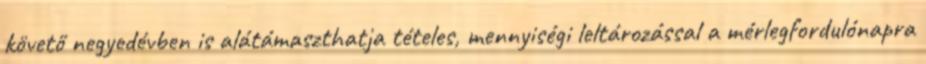
követő negyedévben is alátámaszthatja tételes, mennyiségi leltározással a mérlegfordulónapra